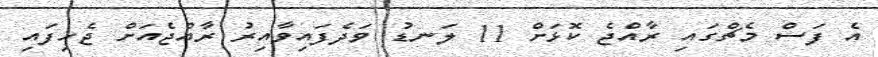
އެ ފަސް މެޗްގައި ރާއްޖެ ކޮޅަށް 11 ލަނޑު ވަދެފައިވާއިރު ރާއްޖެއަށް ޖެހިފައި